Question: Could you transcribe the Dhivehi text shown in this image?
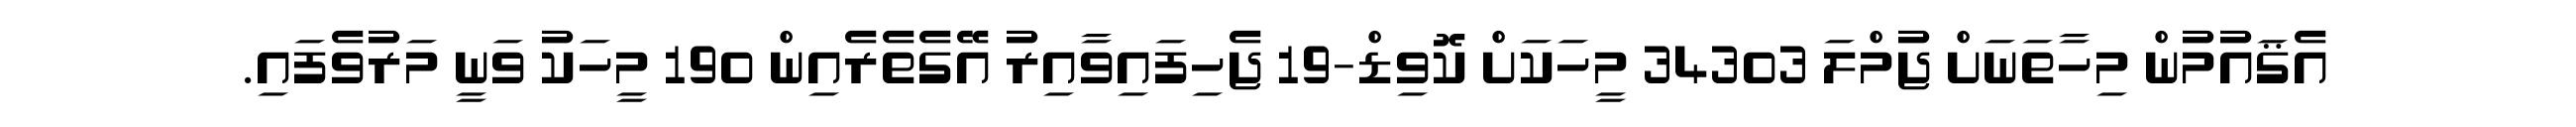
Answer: އެޤައުމުން މިހާތަނަށް ޖުމްލަ 34303 މީހަކަށް ކޮވިޑް-19 ޖެހިފައިވާއިރު އޭގެތެރެއިން 190 މީހަކު ވަނީ މަރުވެފައި.